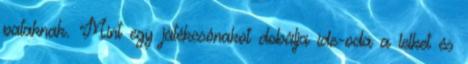
pataknak. Mint egy játékcsónakot dobálja ide-oda a lelket és